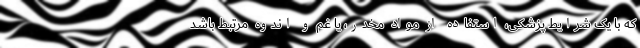
که با یک شرایط پزشکی، استفاده از مواد مخدر، یا غم و اندوه مرتبط باشد